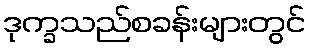
ဒုက္ခသည်စခန်းများတွင်